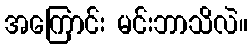
အကြောင်း မင်းဘာသိလဲ။